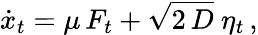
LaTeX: \dot{x}_{t}=\mu\, F_{t}+\sqrt{2\, D}~\eta_{t}\, ,